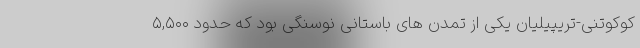
کوکوتنی-تریپیلیان یکی از تمدن های باستانی نوسنگی بود که حدود ۵,۵۰۰